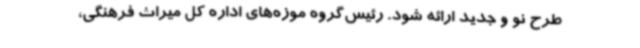
طرح نو و جدید ارائه شود. رئیس‌گروه موزه‌های اداره کل میراث فرهنگی،